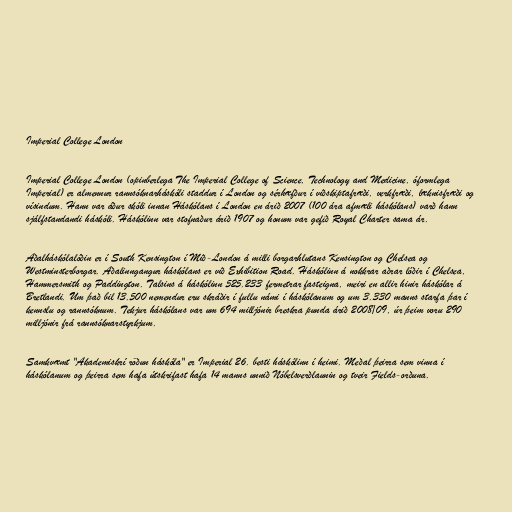
Imperial College London

Imperial College London (opinberlega The Imperial College of Science, Technology and Medicine, óformlega
Imperial) er almennur rannsóknarháskóli staddur í London og sérhæfður í viðskiptafræði, verkfræði, læknisfræði og
vísindum. Hann var áður skóli innan Háskólans í London en árið 2007 (100 ára afmæli háskólans) varð hann
sjálfstandandi háskóli. Háskólinn var stofnaður árið 1907 og honum var gefið Royal Charter sama ár.

Aðalháskólalóðin er í South Kensington í Mið-London á milli borgarhlutans Kensington og Chelsea og
Westminsterborgar. Aðalinngangur háskólans er við Exhibition Road. Háskólinn á nokkrar aðrar lóðir í Chelsea,
Hammersmith og Paddington. Talsins á háskólinn 525.233 fermetrar fasteigna, meiri en allir hinir háskólar á
Bretlandi. Um það bil 13.500 nemendur eru skráðir í fullu námi í háskólanum og um 3.330 manns starfa þar í
kennslu og rannsóknum. Tekjur háskólans var um 694 milljónir breskra punda árið 2008/09, úr þeim voru 290
milljónir frá rannsóknarstyrkjum.

Samkvæmt "Akademiskrí röðun háskóla" er Imperial 26. besti háskólinn í heimi. Meðal þeirra sem vinna í
háskólanum og þeirra sem hafa útskrifast hafa 14 manns unnið Nóbelsverðlaunin og tveir Fields-orðuna.